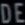
DE